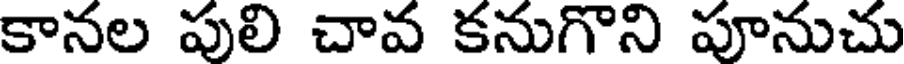
కానల పులి చావ కనుగొని పూనుచు